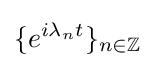
\{e^{i\lambda _{n}t}\}_{n\in \mathbb {Z} }